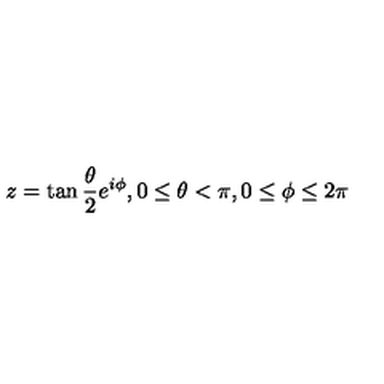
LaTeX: z = \tan \frac { \theta } { 2 } e ^ { i \phi } , 0 \leq \theta < \pi , 0 \leq \phi \leq 2 \pi